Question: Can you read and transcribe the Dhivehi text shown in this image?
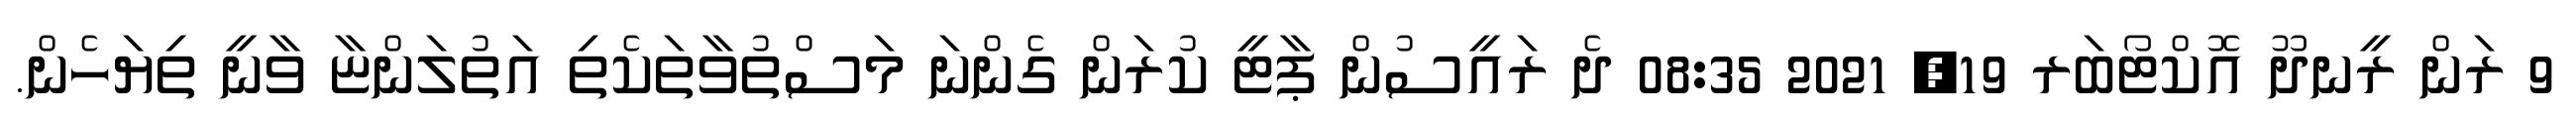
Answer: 9 ރަން ރީނދޫ އޮކްޓޯބަރ 19, 2021 08:35 ދެ ރައީސުން ޕާޓީ ކުރަން ގެންނަ މަސްތުވާތަކެތި އަތުލަންޏާ ވާނީ ތިޔަހެން.